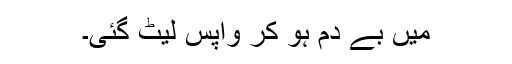
میں بے دم ہو کر واپس لیٹ گئی۔